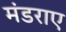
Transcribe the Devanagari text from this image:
मंडराए